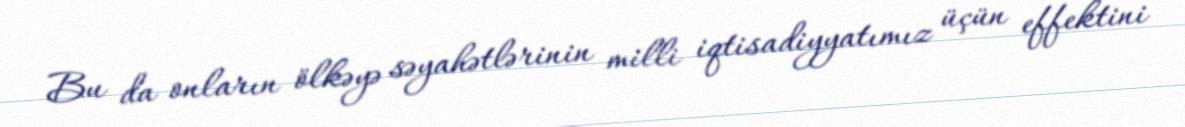
Bu da onların ölkəyə səyahətlərinin milli iqtisadiyyatımız üçün effektini